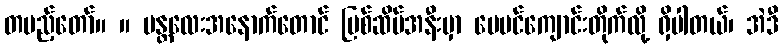
တပည့်တော်။ ။ မန္တလေးအနောက်တောင် မြစ်ဆိပ်အနီးမှာ ပေပင်ကျောင်းတိုက်လို့ ရှိပါတယ်၊ အဲဒီ